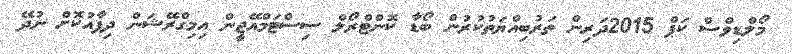
މޯލްޑިވްސް ކަޕް 2015ދަރިން ތަރުބިއްޔަތުކުރުން ބޯޑާ ކޮންޓްރޯލް ސިސްޓަމްއޭޖީން އިމިގްރޭޝަން ދިފާއުކޮށް ނުދޭ